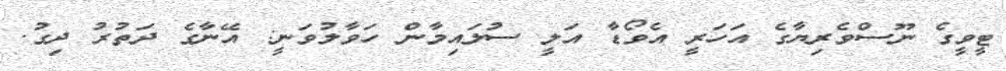
ޓީވީގެ ނޫސްވެރިޔާގެ އަހަރީ އެވޯޑާ އަލީ ސުލައިމާން ހަވާލުވަނީ: އޭނާގެ ދަތުރު ދިގު.